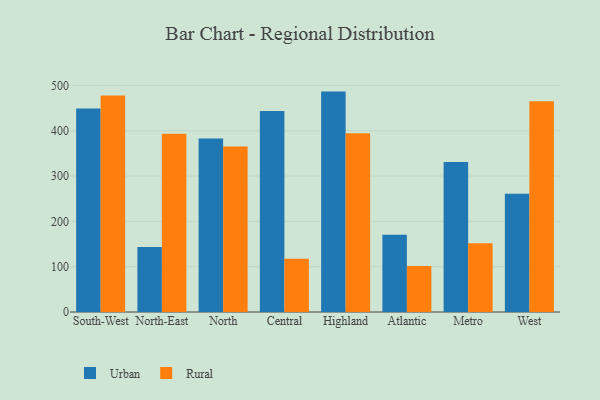
{"axis": {"x": "Region", "y": "Energy Usage (MWh)"}, "legend": ["Rural", "Urban"], "data": [{"x": "South-West", "y": 449.2, "type": "Urban"}, {"x": "South-West", "y": 477.9, "type": "Rural"}, {"x": "North-East", "y": 143.7, "type": "Urban"}, {"x": "North-East", "y": 393.2, "type": "Rural"}, {"x": "North", "y": 383.2, "type": "Urban"}, {"x": "North", "y": 365.1, "type": "Rural"}, {"x": "Central", "y": 443.5, "type": "Urban"}, {"x": "Central", "y": 117.8, "type": "Rural"}, {"x": "Highland", "y": 486.5, "type": "Urban"}, {"x": "Highland", "y": 394.7, "type": "Rural"}, {"x": "Atlantic", "y": 170.3, "type": "Urban"}, {"x": "Atlantic", "y": 101.6, "type": "Rural"}, {"x": "Metro", "y": 331.1, "type": "Urban"}, {"x": "Metro", "y": 151.8, "type": "Rural"}, {"x": "West", "y": 261.1, "type": "Urban"}, {"x": "West", "y": 465.4, "type": "Rural"}]}